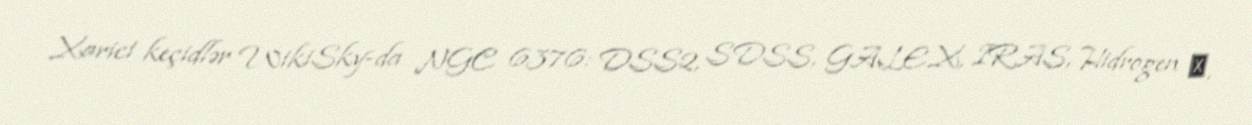
Xarici keçidlər WikiSky-da NGC 6376: DSS2, SDSS, GALEX, IRAS, Hidrogen α,